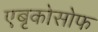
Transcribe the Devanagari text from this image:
एबृकोसोफ